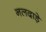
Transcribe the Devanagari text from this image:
नलदाड़े